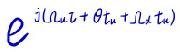
\[
e^{i(\Omega t+\theta _{n}+\lambda t_{n})}
\]